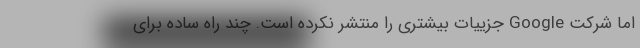
اما شرکت Google جزییات بیشتری را منتشر نکرده است. چند راه ساده برای